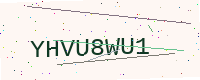
Text: YHVU8WU1